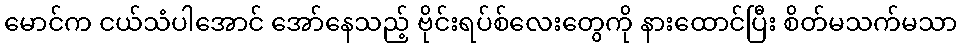
မောင်က ငယ်သံပါအောင် အော်နေသည့် ဗိုင်းရပ်စ်လေးတွေကို နားထောင်ပြီး စိတ်မသက်မသာ